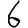
Digit: 6